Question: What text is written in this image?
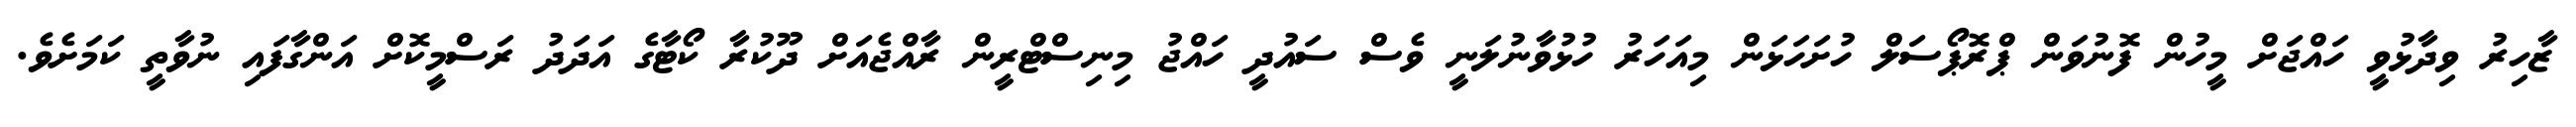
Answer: ޒާހިރު ވިދާޅުވީ ހައްޖަށް މީހުން ފޮނުވަން ޕްރޮޕޯސަލް ހުށަހަޅަން މިއަހަރު ހުޅުވާނުލަނީ ވެސް ސައުދީ ހައްޖު މިނިސްޓްރީން ރާއްޖެއަށް ދޫކުރާ ކޯޓާގެ އަދަދު ރަސްމީކޮށް އަންގާފައި ނުވާތީ ކަމަށެވެ.